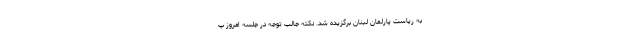
به ریاست پارلمان لبنان برگزیده شد. نکته جالب توجه در جلسه امروز پ